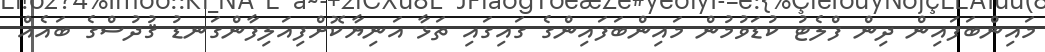
މައިންބަފައިން ދިން ފްލެޓު ކުޑަވުމުން މައިންބަފައިންގެ ގައިގައި ތަޅާ އަނިޔާކޮށްފިއަލިފާންގަނޑު ޤުދުސްގެ ބައެއް